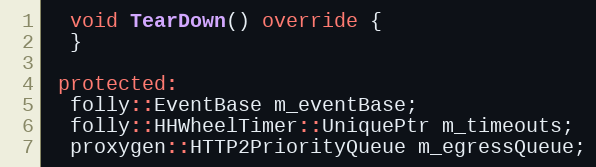
Language: C++
  void TearDown() override {
  }

 protected:
  folly::EventBase m_eventBase;
  folly::HHWheelTimer::UniquePtr m_timeouts;
  proxygen::HTTP2PriorityQueue m_egressQueue;